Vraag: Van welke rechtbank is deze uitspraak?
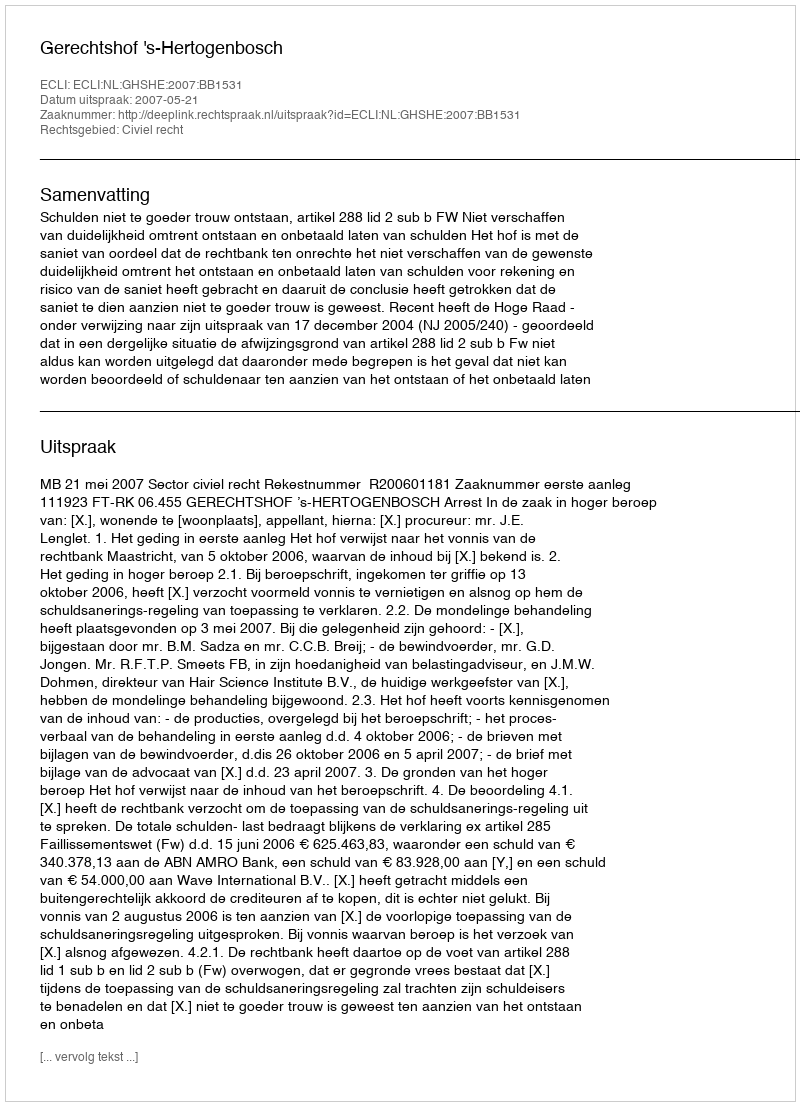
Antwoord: Gerechtshof 's-Hertogenbosch